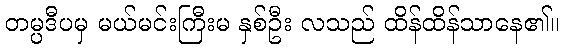
တမ္ပဒီပမှ မယ်မင်းကြီးမ နှစ်ဦး လသည် ထိန်ထိန်သာနေ၏။